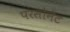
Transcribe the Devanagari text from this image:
परसोनेट